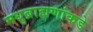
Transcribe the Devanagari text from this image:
मधुब्राह्मणांकडे